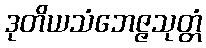
ဒုတိယသံဘေဇ္ဇသုတ္တံ